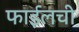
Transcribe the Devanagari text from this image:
फाईलची